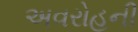
અવરોહની